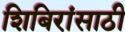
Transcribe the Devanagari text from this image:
शिबिरांसाठी